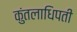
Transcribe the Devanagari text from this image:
कुंतलाधिपती